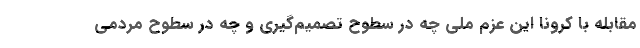
مقابله با کرونا این عزم ملی چه در سطوح تصمیم‌گیری و چه در سطوح مردمی